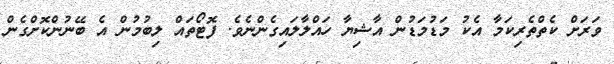
ވަރަށް ކެތްތެރިކަމާ އެކު މަޑުމަޑުން އާޝިޔާ ހައްލާލައިގެންނެވެ. ފޮޓޯތައް ލިބުމުން އެ ބޭނުންކޮށްގެން